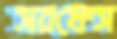
সরফেস